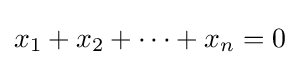
x_{1}+x_{2}+\cdots +x_{n}=0